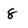
Character: 8